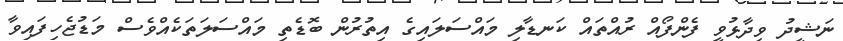
ނަޝީދު ވިދާޅުވީ ފެންފޯއް ރުއްތައް ކަނޑާލި މައްސަލައިގެ އިތުރުން ބޮޑެތި މައްސަލަަތަކެއްވެސް މަޑުޖެހިފައިވާ